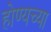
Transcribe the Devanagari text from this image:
होण्यच्या